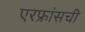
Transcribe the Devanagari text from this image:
एरफ्रांसची